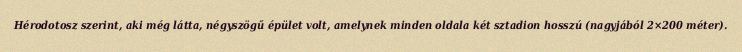
Hérodotosz szerint, aki még látta, négyszögű épület volt, amelynek minden oldala két sztadion hosszú (nagyjából 2×200 méter).